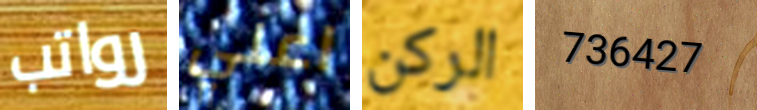
رواتب اعلي الركن 736427